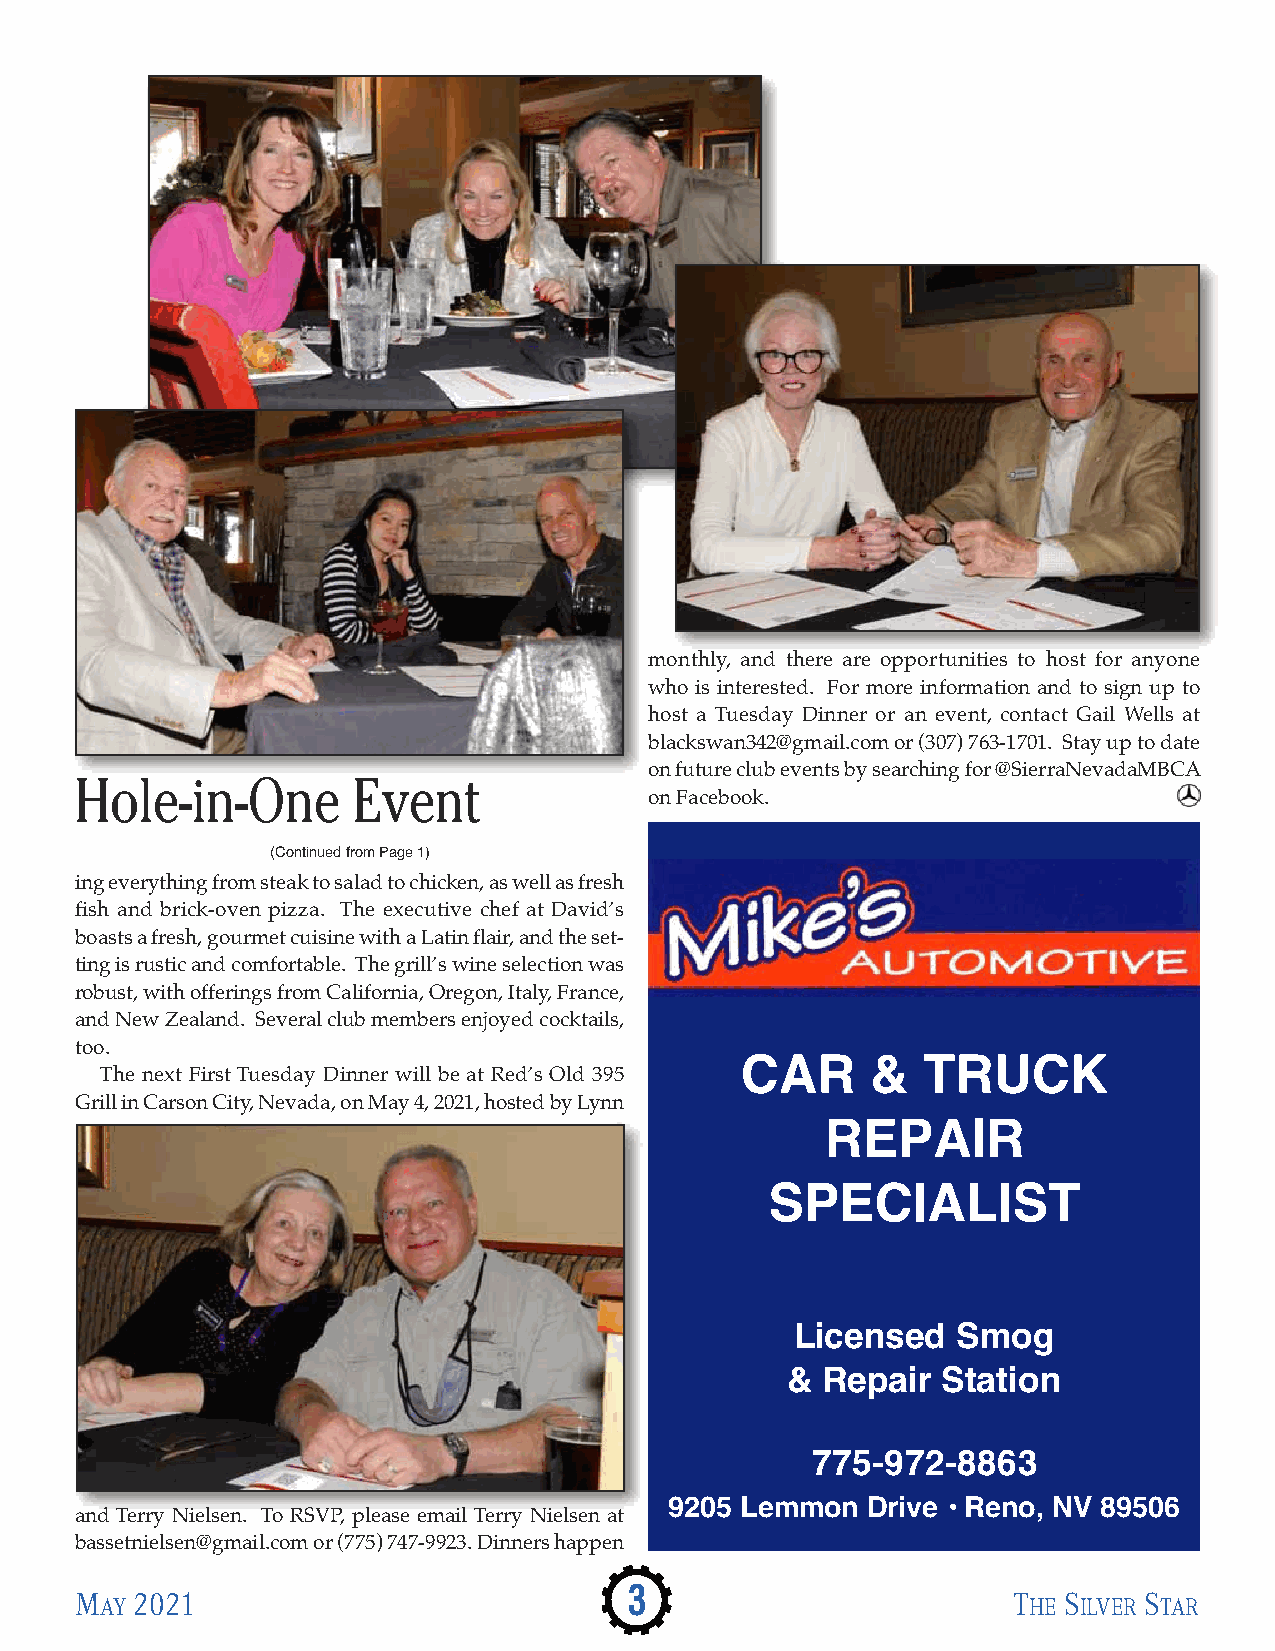
monthly, and there are opportunities to host for anyone
 who is interested. For more information and to sign up to
 host a Tuesday Dinner or an event, contact Gail Wells at
 blackswan342@gmail.com or (307) 763-1701. Stay up to date
 on future club events by searching for @SierraNevadaMBCA
 Hole-in-One       Event
 on Facebook.
 (Continued from Page 1)
 ing everything from steak to salad to chicken, as well as fresh
 fish and brick-oven pizza. The executive chef at David’s
 boasts a fresh, gourmet cuisine with a Latin flair, and the set-
 ting is rustic and comfortable. The grill’s wine selection was
 robust, with offerings from California, Oregon, Italy, France,
 and New Zealand. Several club members enjoyed cocktails,
 too.
 CAR      &  TRUCK
 The next First Tuesday Dinner will be at Red’s Old 395
 Grill in Carson City, Nevada, on May 4, 2021, hosted by Lynn
 REPAIR
 SPECIALIST
 Licensed  Smog
 & Repair  Station
 775-972-8863
 9205 Lemmon  Drive • Reno, NV 89506
 and Terry Nielsen. To RSVP, please email Terry Nielsen at
 bassetnielsen@gmail.com or (775) 747-9923. Dinners happen
 M   2021                             3                        T  S     S
 AY                                                           HE ILVER TAR